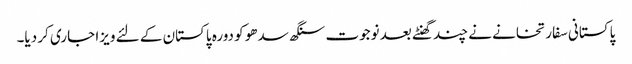
پاکستانی سفارتخانے نے چند گھنٹے بعد نوجوت سنگھ سدھو کو دورہ پاکستان کے لئے ویزا جاری کر دیا۔